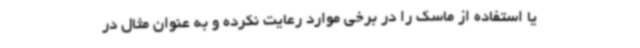
یا استفاده از ماسک را در برخی موارد رعایت نکرده و به عنوان مثال در